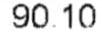
90.10